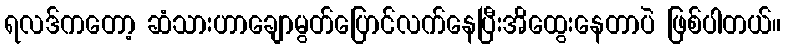
ရလဒ်ကတော့ ဆံသားဟာချောမွတ်ပြောင်လက်နေပြီးအိထွေးနေတာပဲ ဖြစ်ပါတယ်။